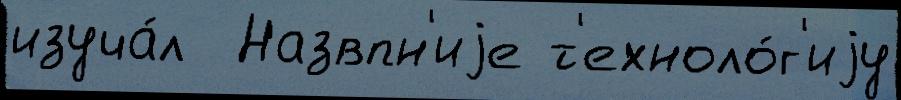
изуча́л  Назвпн'иjе т'ехноло́г'иjу